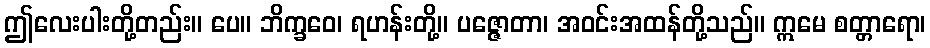
ဤလေးပါးတို့တည်း။ ပေ။ ဘိက္ခဝေ၊ ရဟန်းတို့။ ပဇ္ဇောတာ၊ အဝင်းအထန်တို့သည်။ ဣမေ စတ္တာရော၊